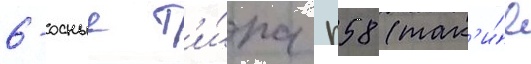
6-осные т'и́па п58 (так'и́е